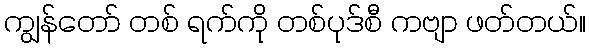
ကျွန်တော် တစ် ရက်ကို တစ်ပုဒ်စီ ကဗျာ ဖတ်တယ်။